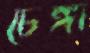
চেঙ্গা